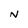
Character: N